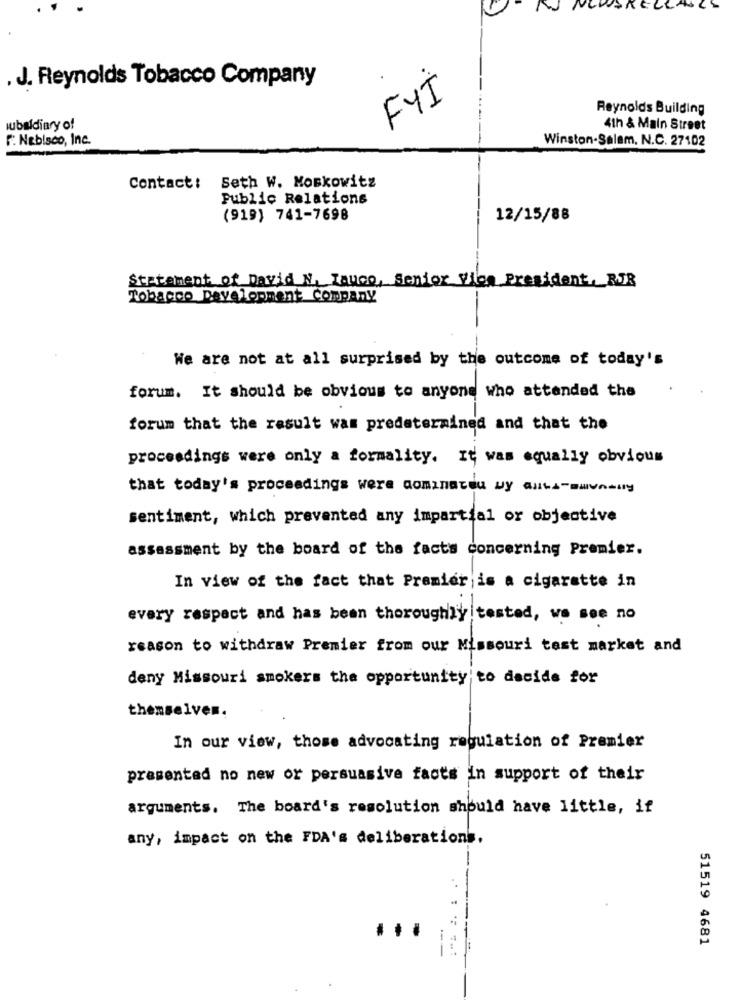
CCLANES
. J. Reynolds Tobacco Company
FYI
Reynolds Building
lubeldiary of
4th & Main Street
F. Nabisco, Inc.
Winston-Salem, N.C. 27102
Seth W. Moskowitz
Contact:
Public Relations
(919) 741-7698
12/15/88
Statement of David N. Tanco, Senior Vilen President. RJR
Tobacco Development Company
We are not at all surprised by the outcome of today's
forum. It should be obvious to anyone who attended the
forum that the result was predetermined and that the
proceedings were only a formality. It was equally obvious
that today's proceedings were dominated by allts-suvnally
sentiment, which prevented any impartial or objective
assessment by the board of the facts concerning Premier.
In view of the fact that Premier is a cigarette in
every respect and has been thoroughly tested, we see no
reason to withdraw Premier from our Missouri test market and
deny Missouri smokers the opportunity to decide for
themselves.
In our view, those advocating regulation of Premier
presented no new or persuasive facts in support of their
arguments. The board's resolution should have little, if
any, impact on the FDA's deliberations.
51519 4681
---